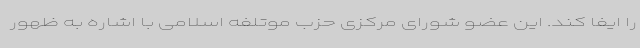
را ایفا کند. این عضو شورای مرکزی حزب موتلفه اسلامی با اشاره به ظهور